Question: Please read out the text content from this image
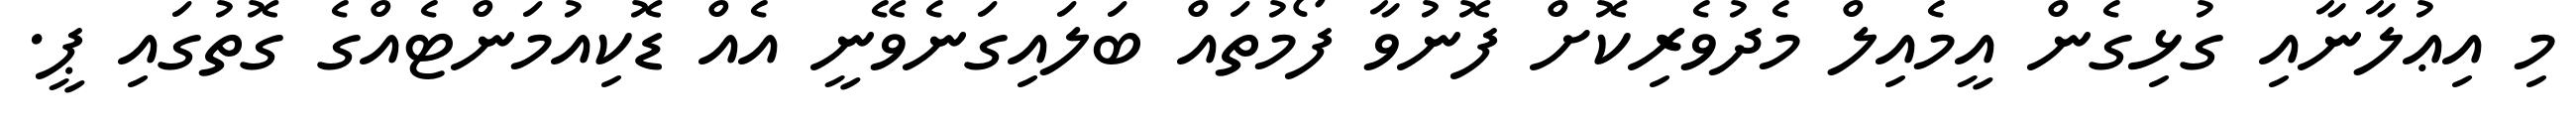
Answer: މި އިޢުލާނާއި ގުޅިގެން އީމެއިލް މެދުވެރިކޮށް ފޮނުވާ ފޯމުތައް ބަލައިގަނެވޭނީ އެއް ޑޮކިއުމަންޓެއްގެ ގޮތުގައި ޕީ.